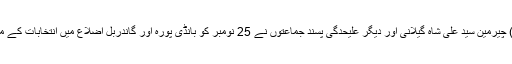
دریں اثنا حریت کانفرنس (گ) چیرمین سید علی شاہ گیلانی اور دیگر علیحدگی پسند جماعتوں نے 25 نومبر کو بانڈی پورہ اور گاندربل اضلاع میں انتخابات کے موقع پر ہڑتال کی اپیل کی ہے۔